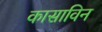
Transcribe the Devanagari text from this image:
कासाविन